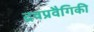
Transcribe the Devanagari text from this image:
द्रवप्रवैगिकी